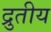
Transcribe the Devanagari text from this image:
द्रुतीय